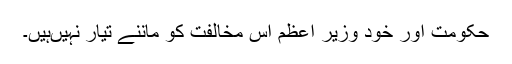
حکومت اور خود وزیر اعظم اس مخالفت کو ماننے تیار نہیںہیں۔